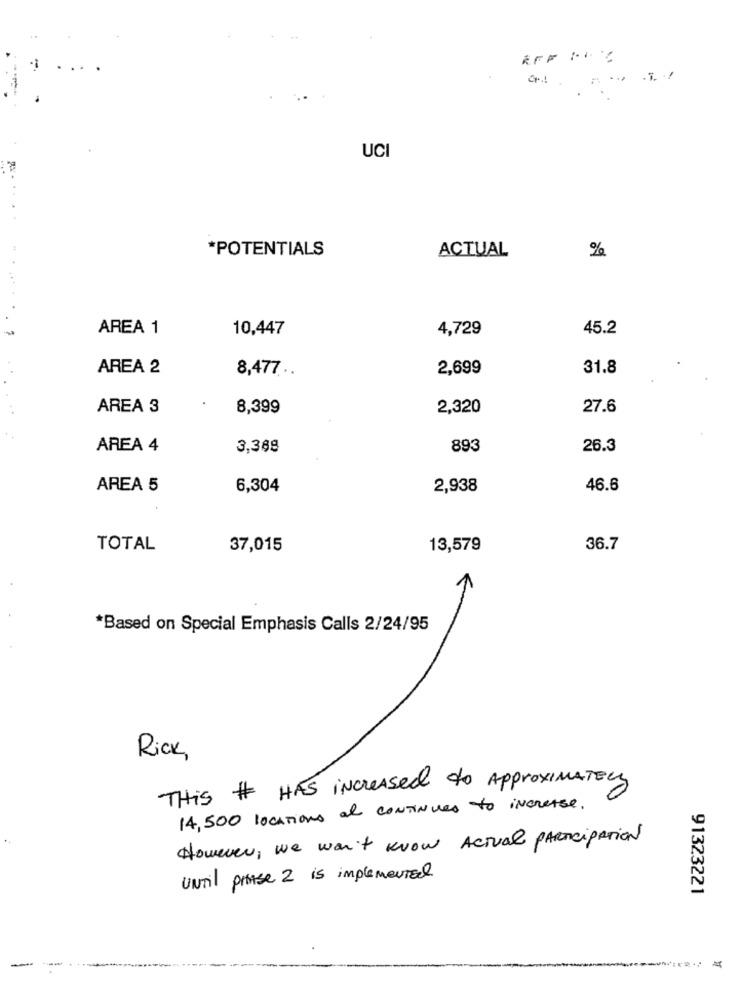
UCI
*POTENTIALS
ACTUAL
%
AREA 1
10,447
4,729
45.2
AREA 2
2,699
31.8
8,477 ..
AREA 3
8,399
2,320
27.6
AREA 4
3,368
893
26.3
AREA 5
6,304
2,938
46.6
TOTAL
37,015
13,579
36.7
*Based on Special Emphasis Calls 2/24/95
Rick,
THIS # HAS increased to ApproxIMATELY
14,500 locations at CONTINUED to increase.
However, we wan't know Actual PARTICIPATION
UNTil prase 2 is implemented
91323221